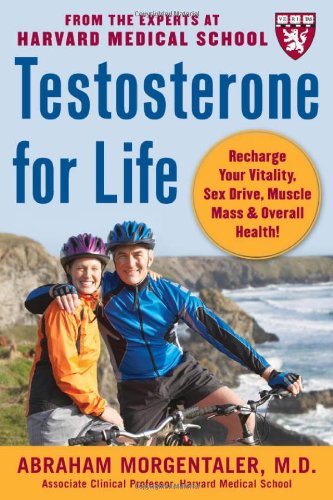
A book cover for Testosterone for Life: Recharge Your Vitality, Sex Drive, Muscle Mass, and Overall Health; Abraham Morgentaler; Self-Help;